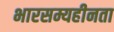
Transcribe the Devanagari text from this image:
भारसम्यहीनता